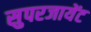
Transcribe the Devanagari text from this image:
सुपरजायेंट